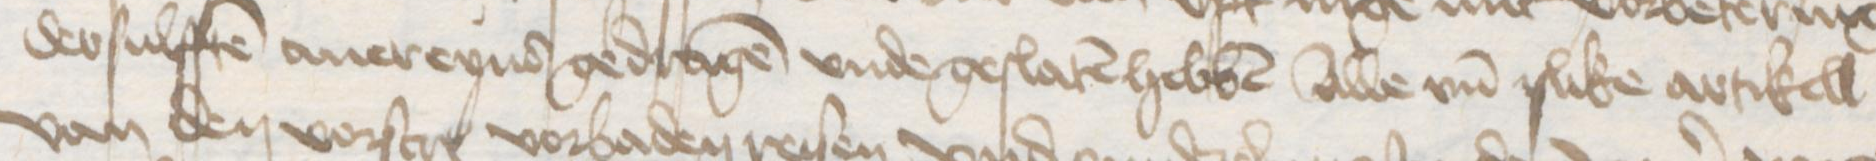
Transcription: dessulffen auereynd gedragen vnde geslaten hebben alle vnd slike artikell